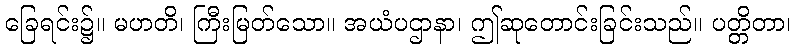
ခြေရင်း၌။ မဟတိ၊ ကြီးမြတ်သော။ အယံပဌာနာ၊ ဤဆုတောင်းခြင်းသည်။ ပတ္တိတာ၊